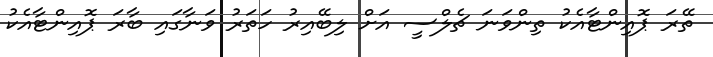
ތޭރަ ޕޮއިންޓާއެކު ތިންވަނަ ޗެލްސީ އަށް ލިބޭއިރު ހަތަރު ވަނާގައި ބާރަ ޕޮއިންޓާއެކު